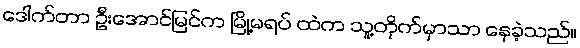
ဒေါက်တာ ဦးအောင်မြင်က မြို့မရပ် ထဲက သူ့တိုက်မှာသာ နေခဲ့သည်။